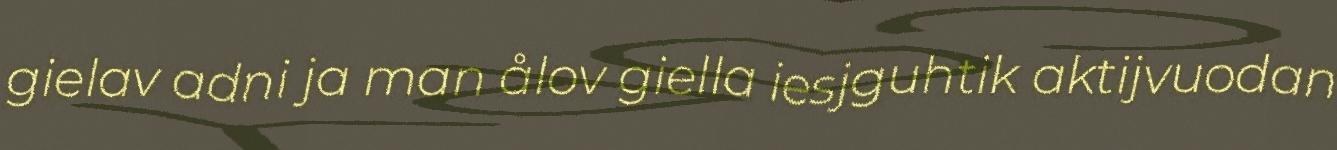
gielav adni ja man ålov giella iesjguhtik aktijvuodan